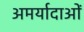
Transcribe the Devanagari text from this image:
अमर्यादाओं